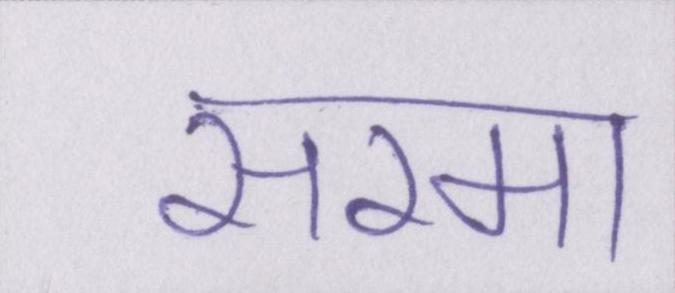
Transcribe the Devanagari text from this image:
सरमा